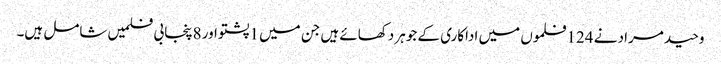
وحید مراد نے 124فلموں میں اداکاری کے جوہر دکھائے ہیں جن میں 1پشتو اور 8پنجابی فلمیں شامل ہیں۔